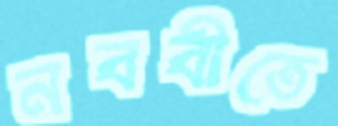
নববীতে